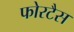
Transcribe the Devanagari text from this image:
फोरटैस